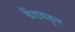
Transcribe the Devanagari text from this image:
बैंडबहुत